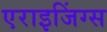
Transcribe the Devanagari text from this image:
एराइजिंग्स